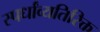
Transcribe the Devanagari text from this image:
स्पर्धांव्यतिरिक्त